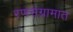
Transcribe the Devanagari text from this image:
रणसंग्रामात